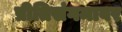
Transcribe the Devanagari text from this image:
प्रीतिसंगमावर